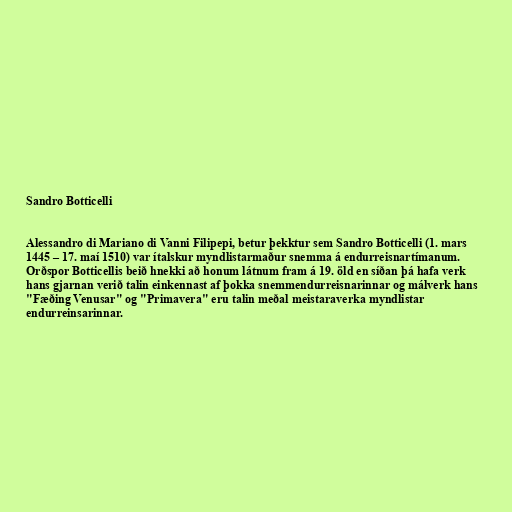
Sandro Botticelli

Alessandro di Mariano di Vanni Filipepi, betur þekktur sem Sandro Botticelli (1. mars
1445 – 17. maí 1510) var ítalskur myndlistarmaður snemma á endurreisnartímanum.
Orðspor Botticellis beið hnekki að honum látnum fram á 19. öld en síðan þá hafa verk
hans gjarnan verið talin einkennast af þokka snemmendurreisnarinnar og málverk hans
"Fæðing Venusar" og "Primavera" eru talin meðal meistaraverka myndlistar
endurreinsarinnar.